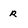
Character: r